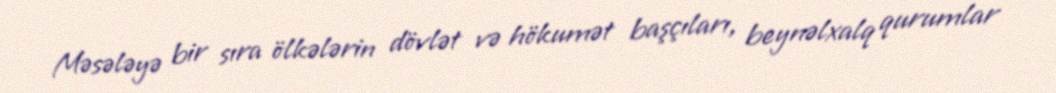
Məsələyə bir sıra ölkələrin dövlət və hökumət başçıları, beynəlxalq qurumlar